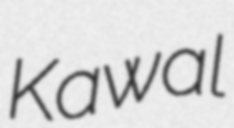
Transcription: Kawal